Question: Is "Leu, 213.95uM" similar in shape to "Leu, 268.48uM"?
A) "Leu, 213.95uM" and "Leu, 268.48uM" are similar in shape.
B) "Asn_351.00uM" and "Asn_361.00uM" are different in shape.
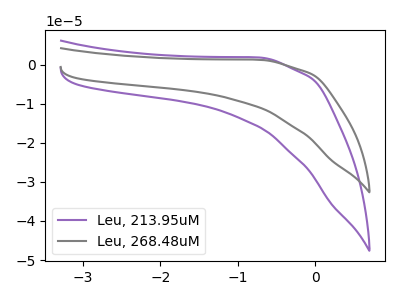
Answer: <think>The purple curve "Leu, 213.95uM" has no peaks. The gray curve "Leu, 268.48uM" has no peaks.
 Neither "Leu, 213.95uM" or "Leu, 268.48uM" have any peaks.</think>
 <answer>A) "Leu, 213.95uM" and "Leu, 268.48uM" are similar in shape.</answer>
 <eval>A</eval>